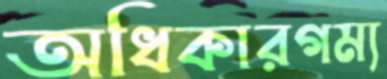
অধিকারগম্য